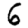
Digit: 6